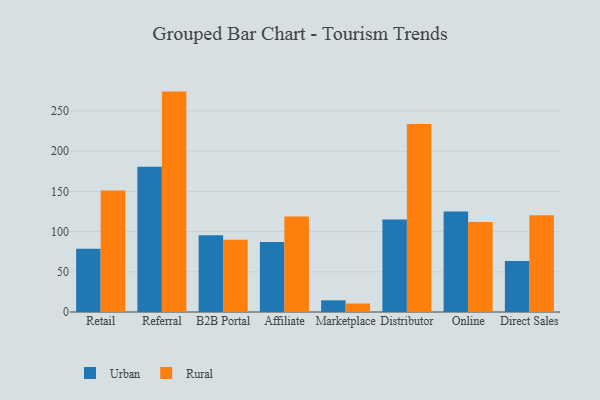
{"axis": {"x": "Channel", "y": "Tickets Resolved"}, "legend": ["Rural", "Urban"], "data": [{"x": "Retail", "y": 78.8, "type": "Urban"}, {"x": "Retail", "y": 151.0, "type": "Rural"}, {"x": "Referral", "y": 180.6, "type": "Urban"}, {"x": "Referral", "y": 274.1, "type": "Rural"}, {"x": "B2B Portal", "y": 95.5, "type": "Urban"}, {"x": "B2B Portal", "y": 90.0, "type": "Rural"}, {"x": "Affiliate", "y": 87.0, "type": "Urban"}, {"x": "Affiliate", "y": 118.7, "type": "Rural"}, {"x": "Marketplace", "y": 14.5, "type": "Urban"}, {"x": "Marketplace", "y": 10.6, "type": "Rural"}, {"x": "Distributor", "y": 114.9, "type": "Urban"}, {"x": "Distributor", "y": 233.9, "type": "Rural"}, {"x": "Online", "y": 124.9, "type": "Urban"}, {"x": "Online", "y": 111.8, "type": "Rural"}, {"x": "Direct Sales", "y": 63.3, "type": "Urban"}, {"x": "Direct Sales", "y": 120.4, "type": "Rural"}]}